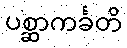
ပစ္ဆာကင်္ခတိ